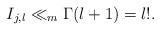
LaTeX: \begin{align*}I_{j, l}\ll_m \Gamma(l+1)=l!. \end{align*}